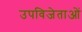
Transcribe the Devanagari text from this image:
उपविजेताओं